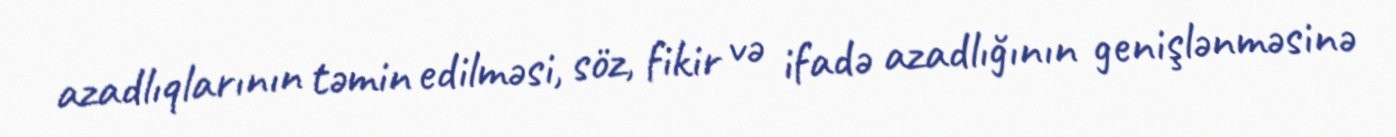
azadlıqlarının təmin edilməsi, söz, fikir və ifadə azadlığının genişlənməsinə